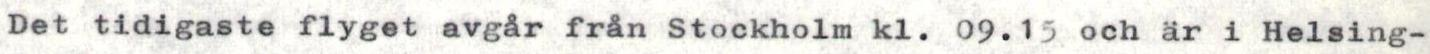
Det tidigaste flyget avgår från Stockholm kl. 09.15 och är i Helsing-